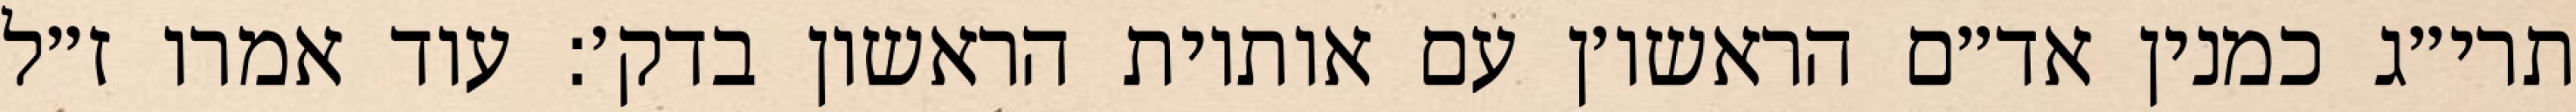
תרי״ג כמנין אד״ם הראשו׳ן עם אותיות הראשון בדק׳: עוד אמרו ז״ל